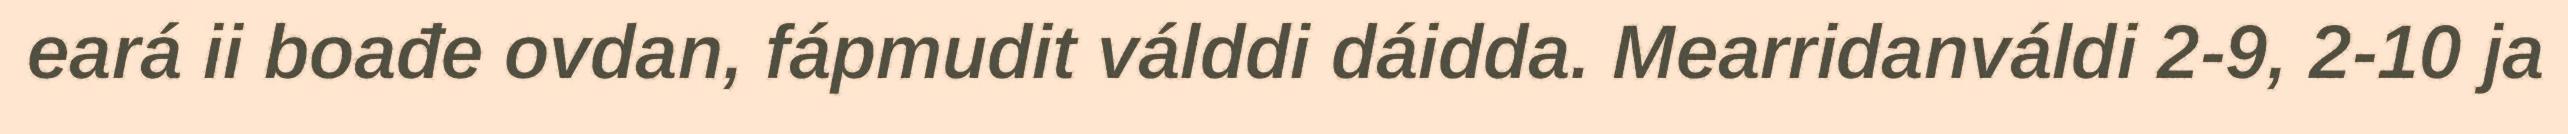
eará ii boađe ovdan, fápmudit válddi dáidda. Mearridanváldi 2-9, 2-10 ja